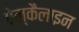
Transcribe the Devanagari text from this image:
ऐल्कैलाइन